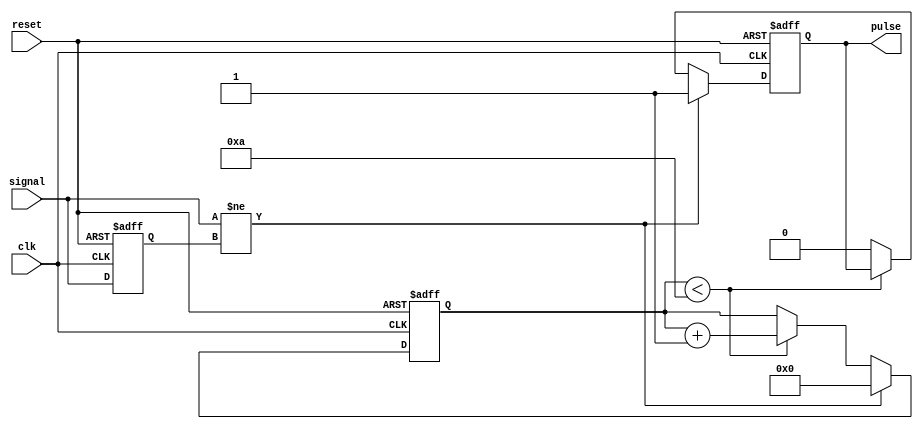
module monostable_edge_detector (
    input wire signal,      // Input signal to detect edges
    input wire clk,        // Clock signal
    input wire reset,      // Reset signal
    output reg pulse       // Output pulse
);

    // Parameters for pulse duration
    parameter PULSE_WIDTH = 10; // Duration of the pulse in clock cycles

    // State variable to store the previous state of the signal
    reg previous_signal;
    // Counter for pulse duration
    reg [3:0] pulse_counter; // 4-bit counter for pulse width (up to 15 cycles)

    // Edge detection logic
    always @(posedge clk or posedge reset) begin
        if (reset) begin
            previous_signal <= 1'b0; // Initialize previous signal
            pulse <= 1'b0;           // Initialize pulse output
            pulse_counter <= 4'b0000; // Initialize pulse counter
        end else begin
            // Detect rising or falling edge
            if (signal != previous_signal) begin
                pulse <= 1'b1;         // Set pulse high on edge detection
                pulse_counter <= 4'b0000; // Reset the pulse counter
            end else if (pulse_counter < PULSE_WIDTH) begin
                pulse_counter <= pulse_counter + 1; // Increment pulse counter
            end else begin
                pulse <= 1'b0;         // Set pulse low after duration
            end
            
            // Store the current state of the signal
            previous_signal <= signal;
        end
    end

endmodule